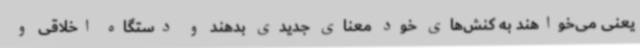
یعنی می‌خواهند به کنش‌های خود معنای جدیدی بدهند و دستگاه اخلاقی و